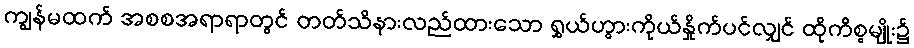
ကျွန်မထက် အစစအရာရာတွင် တတ်သိနားလည်ထားသော ရွှယ်ဟွားကိုယ်နှိုက်ပင်လျှင် ထိုကိစ္စမျိုး၌